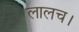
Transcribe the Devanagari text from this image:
लालच।